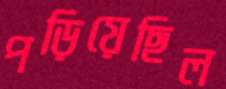
পড়িয়েছিল